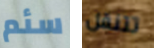
سئم تتنقل